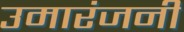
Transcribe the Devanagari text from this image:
उमारंजनी